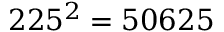
2 2 5 ^ { 2 } = 5 0 6 2 5